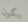
يكون